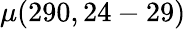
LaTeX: \mu(290,24-29)